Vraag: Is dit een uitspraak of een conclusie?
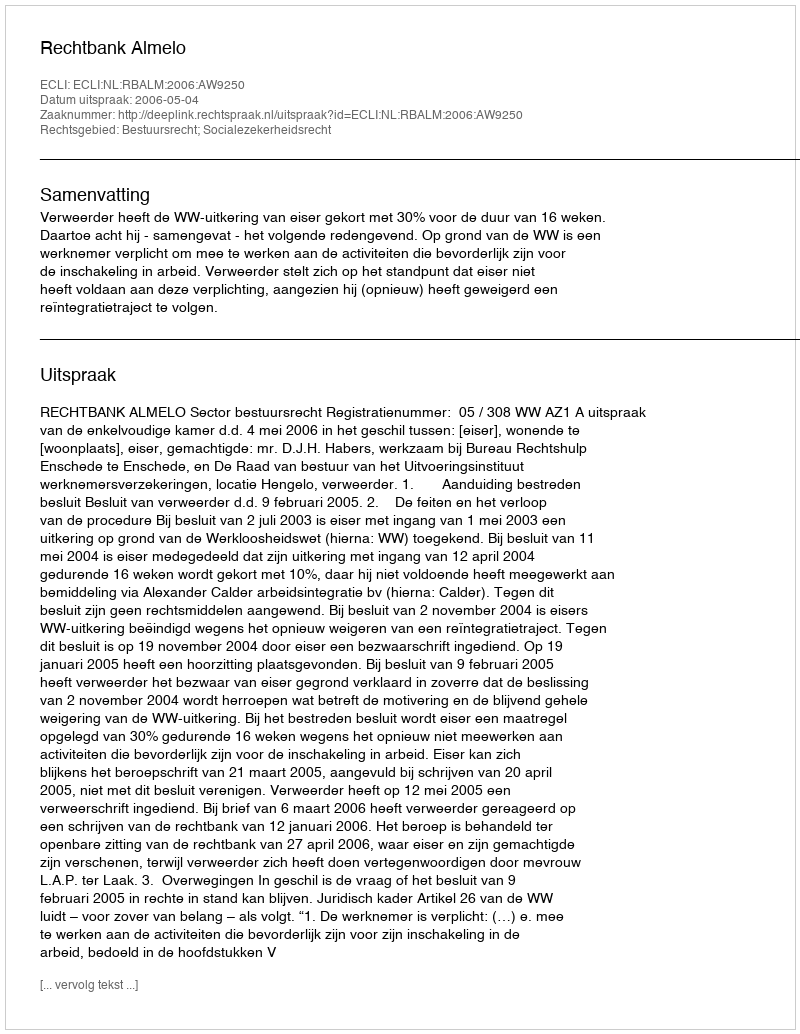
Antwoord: Uitspraak